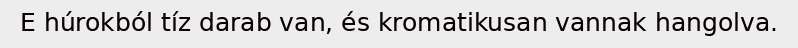
E húrokból tíz darab van, és kromatikusan vannak hangolva.